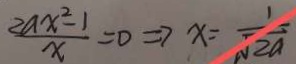
\frac { 2 a x ^ { 2 } - 1 } { x } = 0 \Rightarrow x = \frac { 1 } { \sqrt { 2 a } }